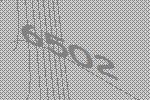
6502